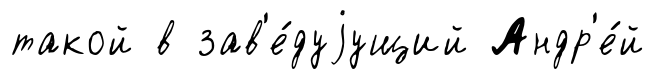
такой в зав'е́дуjущий Андр'е́й